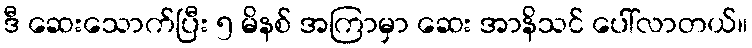
ဒီ ဆေးသောက်ပြီး ၅ မိနစ် အကြာမှာ ဆေး အာနိသင် ပေါ်လာတယ်။